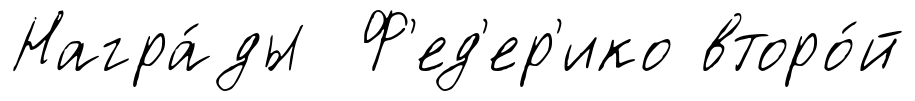
Награ́ды Ф'ед'ер'ико второ́й